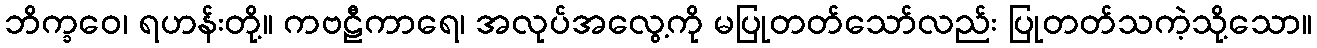
ဘိက္ခဝေ၊ ရဟန်းတို့။ ကဗဠီကာရေ၊ အလုပ်အလွေ့ကို မပြုတတ်သော်လည်း ပြုတတ်သကဲ့သို့သော။